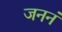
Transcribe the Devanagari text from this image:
जननं